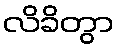
လိခိတွာ